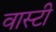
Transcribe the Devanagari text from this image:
वास्टी